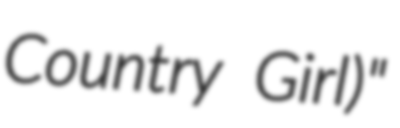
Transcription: Country Girl)"